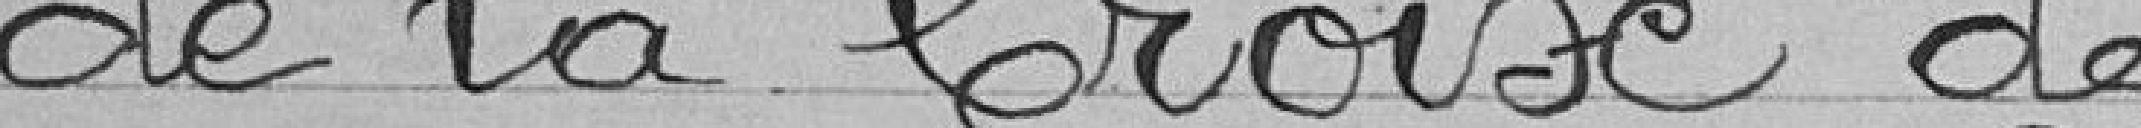
de la Croix de